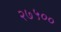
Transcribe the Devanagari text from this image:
२७५००